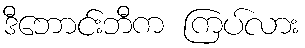
ဒီဘောင်းဘီက ကြပ်လား